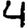
Digit: 4